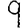
Digit: 9